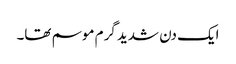
ایک دن شدید گرم موسم تھا۔